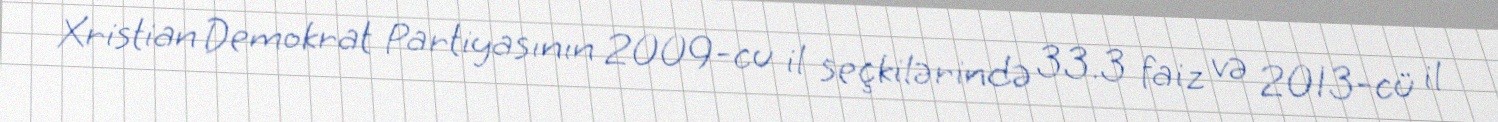
Xristian Demokrat Partiyasının 2009-cu il seçkilərində 33.3 faiz və 2013-cü il